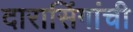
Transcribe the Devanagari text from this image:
दारासिंगांची